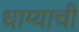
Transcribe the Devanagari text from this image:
धाग्याची